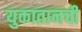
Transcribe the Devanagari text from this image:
युकातानची